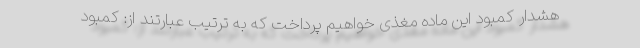
هشدار کمبود این ماده مغذی خواهیم پرداخت که به ترتیب عبارتند از: کمبود